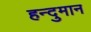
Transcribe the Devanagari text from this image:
हन्दुमान